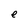
Character: e